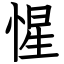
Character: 惺